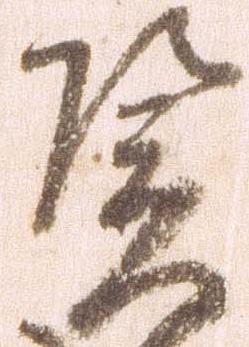
憑